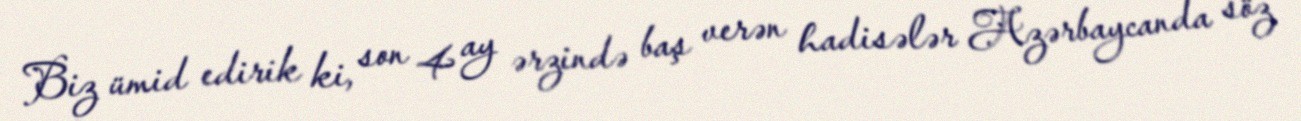
Biz ümid edirik ki, son 4 ay ərzində baş verən hadisələr Azərbaycanda söz